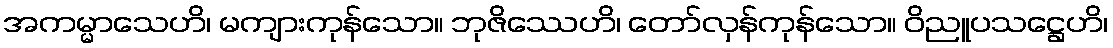
အကမ္မာသေဟိ၊ မကျားကုန်သော။ ဘုဇိဿေဟိ၊ တော်လှန်ကုန်သော။ ဝိညူပသဋ္ဌေဟိ၊